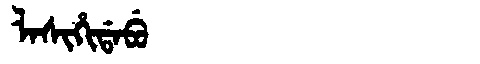
Manchu: ᠯᠠᠰᡳᡥᡳᡩᠠᠪᡠ
Romanization: LASIHIDABU